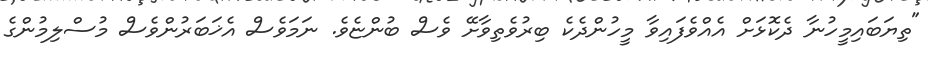
"ތިޔަބައިމީހުނާ ދެކޮޅަށް އެއްވެފައިވާ މީހުންދެކެ ބިރުވެތިވާށޭ ވެސް ބުންޏެވެ. ނަމަވެސް އެޚަބަރުންވެސް މުސްލިމުންގެ